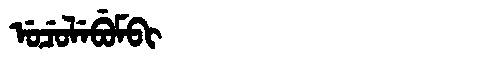
Manchu: ᡠᠴᡠᠯᡝᠪᡠᠮᠪᡳ
Romanization: UCULEBUMBI